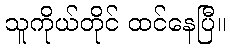
သူကိုယ်တိုင် ထင်နေပြီ။